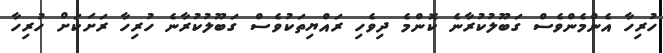
ހުރިހާ އެންމެންވެސް ގަބޫލުކުރާނެ ކޮންމެ ދިވެހި ރައްޔިތަކުވެސް ގަބޫލުކުރާނެ ހުރިހާ ރަށަކަށް ހުރިހާ